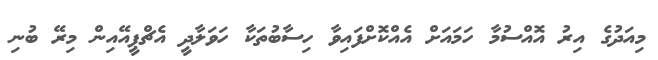
މިއަދުގެ އިރު އޮއްސުމާ ހަމައަށް އެއްކޮށްފައިވާ ހިސާބުތަކާ ހަވަލާދީ އެޗްޕީއޭއިން މިރޭ ބުނި